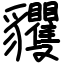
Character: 貜